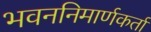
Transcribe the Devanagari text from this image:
भवननिमार्णकर्ता